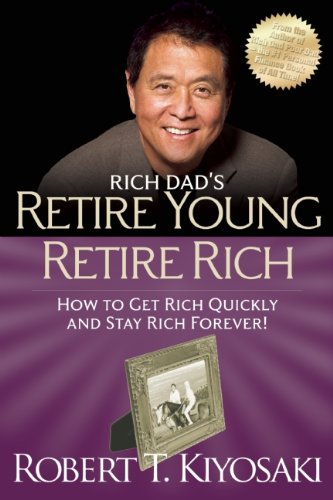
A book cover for Retire Young Retire Rich: How to Get Rich Quickly and Stay Rich Forever! (Rich Dad's); Robert T. Kiyosaki; Business & Money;